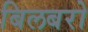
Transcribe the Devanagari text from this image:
बिलबरो